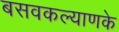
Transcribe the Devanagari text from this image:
बसवकल्याणके